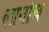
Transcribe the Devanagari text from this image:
लार्नाच